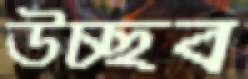
উচ্ছব